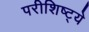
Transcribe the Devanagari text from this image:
परीशिष्ट्ये